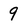
Character: 9